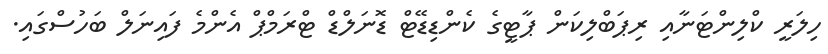
ހިލަރީ ކްލިންޓަނާއި ރިޕަބްލިކަން ޕާޓީގެ ކެންޑިޑޭޓް ޑޮނަލްޑް ޓްރަމްޕް އެންމެ ފައިނަލް ބަހުސްގައި.